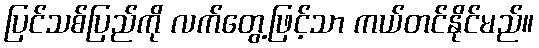
ပြင်သစ်ပြည်ကို လက်တွေ့ဖြင့်သာ ကယ်တင်နိုင်မည်။